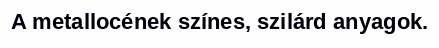
A metallocének színes, szilárd anyagok.